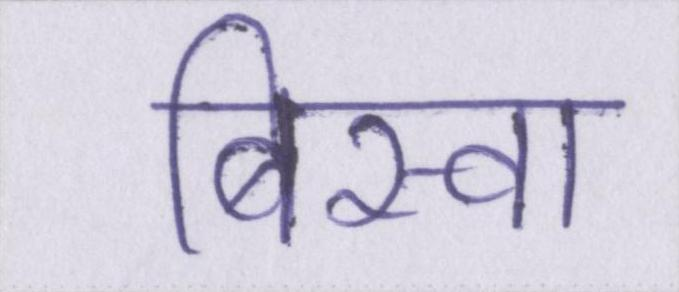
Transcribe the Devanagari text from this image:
बिस्वा